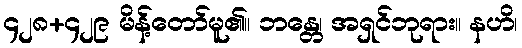
၄၂၈+၄၂၉ မိန့်တော်မူ၏။ ဘန္တေ၊ အရှင်ဘုရား။ နဟိ၊